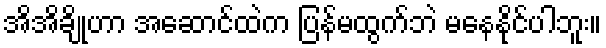
အိအိချိုဟာ အဆောင်ထဲက ပြန်မထွက်ဘဲ မနေနိုင်ပါဘူး။